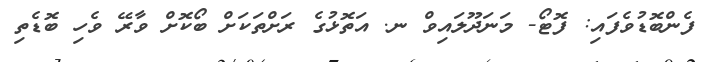
ފެންބޮޑުވެފައި: ފޮޓޯ- މަނަދޫލައިވް ނ. އަތޮޅުގެ ރަށްތަކަށް ބޯކޮށް ވާރޭ ވެހި ބޮޑެތި